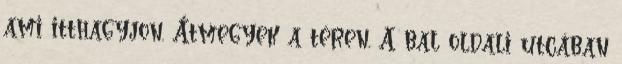
ami itthagyjon. Átmegyek a téren. A bal oldali utcában